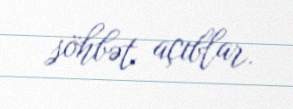
söhbət açıblar.